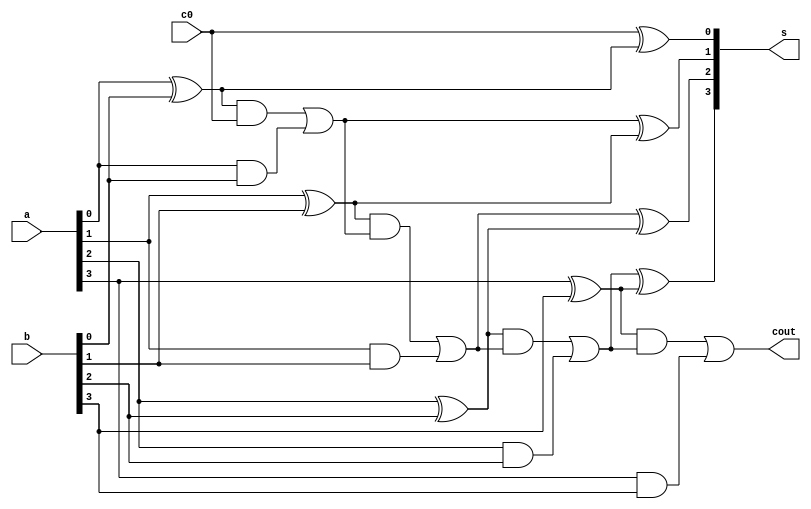
`timescale 1ns / 1ps
//////////////////////////////////////////////////////////////////////////////////
// Company: SUSTech
// Module Name: adder_4_cla
// Project Name: Processor
// Tool Versions: Vivado 2021.2
// Description: 
//      4-bit CLA adder.
//////////////////////////////////////////////////////////////////////////////////


module adder_4_cla(
    input c0,
    input [3:0] a,
    input [3:0] b,
    output [3:0] s,
    output cout
    );
    
    wire [3:0] p;
    wire [3:0] g;
    wire [3:0] c;
    
    genvar i;
    
    generate
        for (i = 0; i < 4; i = i + 1) begin
            assign p[i] = a[i] ^ b[i];
            assign g[i] = a[i] & b[i];
            assign s[i] = c[i] ^ p[i];
        end
    endgenerate
    
    assign c[0] = c0;
    assign c[1] = p[0]&c[0]|g[0];
    assign c[2] = p[1]&(p[0]&c[0]|g[0])|g[1];
    assign c[3] = p[2]&(p[1]&(p[0]&c[0]|g[0])|g[1])|g[2];
    assign cout = p[3]&(p[2]&(p[1]&(p[0]&c[0]|g[0])|g[1])|g[2])|g[3];
    
    
    
endmodule